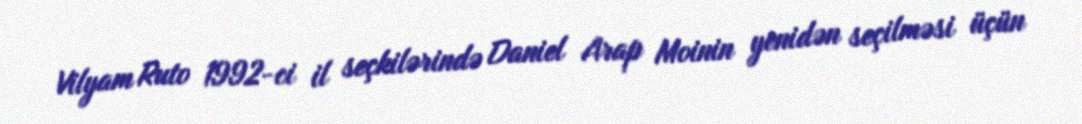
Vilyam Ruto 1992-ci il seçkilərində Daniel Arap Moinin yenidən seçilməsi üçün